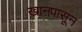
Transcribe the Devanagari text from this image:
खानपासून